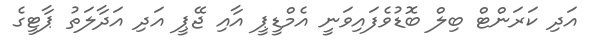
އަދި ކަރަންޓް ބިލް ބޮޑުވެފައިވަނީ އެމްޑީޕީ އާއި ޖޭޕީ އަދި އަދާލަތު ޕާޓީގެ